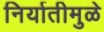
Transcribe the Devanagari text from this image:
निर्यातीमुळे